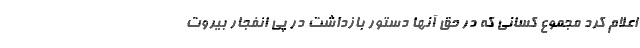
اعلام کرد مجموع کسانی که در حق آنها دستور بازداشت در پی انفجار بیروت